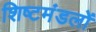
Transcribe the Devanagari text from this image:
शिष्टमंडलों